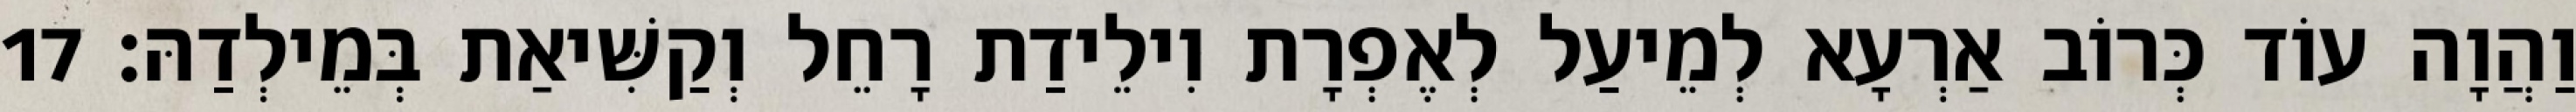
וַהֲוָה עוֹד כְּרוֹב אַרְעָא לְמֵיעַל לְאֶפְרָת וִילֵידַת רָחֵל וְקַשִּׁיאַת בְּמֵילְדַהּ׃ 17